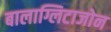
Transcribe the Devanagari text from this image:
बालाग्लिटाजोन